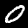
Label: 0